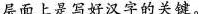
层面上是写好汉字的关键。